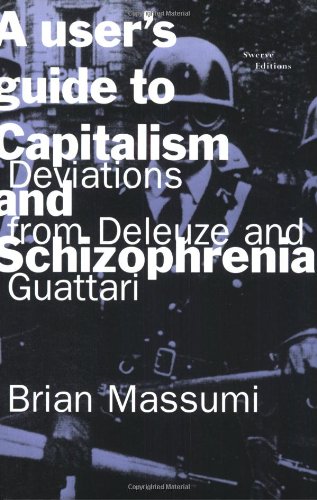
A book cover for A User's Guide to Capitalism and Schizophrenia: Deviations from Deleuze and Guattari; Brian Massumi; Health, Fitness & Dieting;